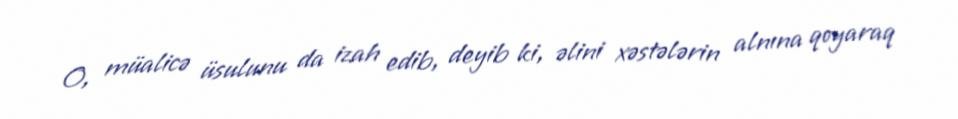
O, müalicə üsulunu da izah edib, deyib ki, əlini xəstələrin alnına qoyaraq